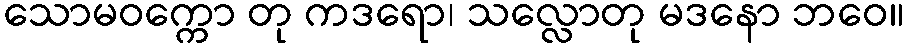
သောမဝက္ကော တု ကဒရော၊ သလ္လောတု မဒနော ဘဝေ။